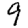
Digit: 9